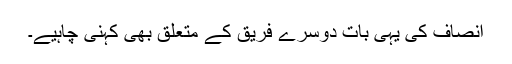
انصاف کی یہی بات دوسرے فریق کے متعلق بھی کہنی چاہیے۔